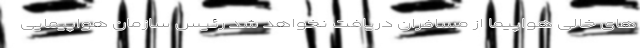
های خالی هواپیما از مسافران دریافت نخواهد شد رئیس سازمان هواپیمایی